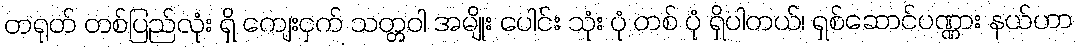
တရုတ် တစ်ပြည်လုံး ရှိ ကျေးငှက် သတ္တဝါ အမျိုး ပေါင်း သုံး ပုံ တစ် ပုံ ရှိပါတယ်၊ ရှစ်ဆောင်ပဏ္ဏား နယ်ဟာ